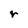
Character: r